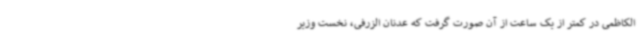
الکاظمی در کمتر از یک ساعت از آن صورت گرفت که عدنان الزرفی، نخست وزیر